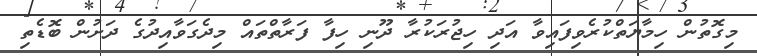
މިގޮތުން ހިމާޔަތްކުރެވިފައިިވާ އަދި ހިޖުރަކުރާ ދޫނި ހިފާ ފަރާތްތައް މިދެގަވާއިދުގެ ދަށުން ބޮޑެތި